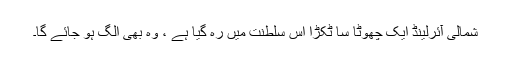
شمالی آئرلینڈ ایک چھوٹا سا ٹکڑا اس سلطنت میں رہ گیا ہے ، وہ بھی الگ ہو جائے گا۔